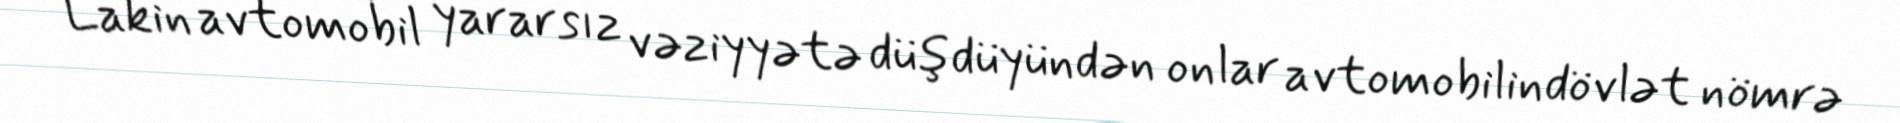
Lakin avtomobil yararsız vəziyyətə düşdüyündən onlar avtomobilindövlət nömrə